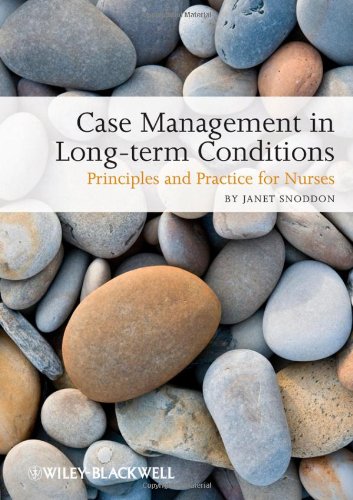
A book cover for Case Management of Long-term Conditions: Principles and Practice for Nurses; Janet Snoddon; Medical Books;